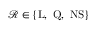
\mathcal { R } \in \{ \mathrm { L } , ~ \mathrm { Q } , ~ \mathrm { N S } \}